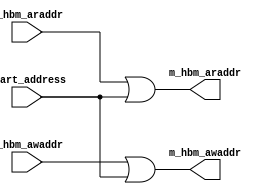
`timescale 1ns/1ps

module axi_address_remap
(
  input  [ 33:0] s_hbm_araddr,
  input  [ 33:0] s_hbm_awaddr,

  output [ 33:0] m_hbm_araddr,
  output [ 33:0] m_hbm_awaddr,

  input  [ 33:0] start_address
);

assign m_hbm_araddr   = s_hbm_araddr | start_address;
assign m_hbm_awaddr   = s_hbm_awaddr | start_address;

endmodule